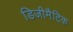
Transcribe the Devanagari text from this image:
डिजीमैटिक